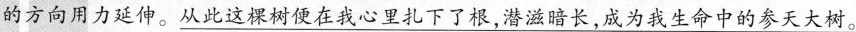
的方向用力延伸。从此这样便在我心里扎下了根，潜滋暗长，成为我生命中的参天大树。